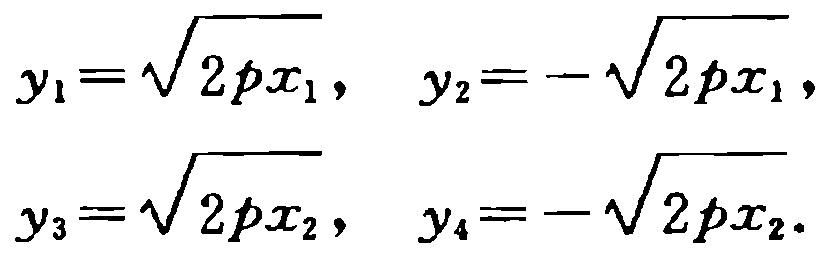
\[
\begin{align*}
y_1&=\sqrt{2px_1},&y_2&=-\sqrt{2px_1},\\
y_3&=\sqrt{2px_2},&y_4&=-\sqrt{2px_2}.
\end{align*}
\]